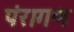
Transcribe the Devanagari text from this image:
पंरागण